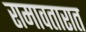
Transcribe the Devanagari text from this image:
रामावतारात